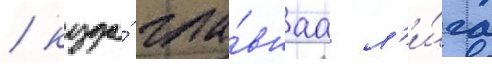
/ куда́ гла́внаа л'и́га